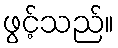
ဖွင့်သည်။